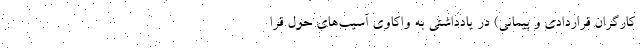
کارگران قراردادی و پیمانی) در یادداشتی به واکاوی آسیب‌های حول قرا